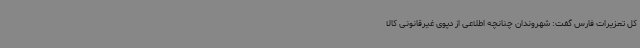
کل تعزیرات فارس گفت: شهروندان چنانچه اطلاعی از دپوی غیرقانونی کالا